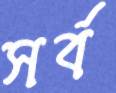
সর্ব